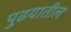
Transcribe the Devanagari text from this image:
पुढयातील